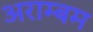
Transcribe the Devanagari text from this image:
अराम्बम